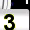
Digit: 3